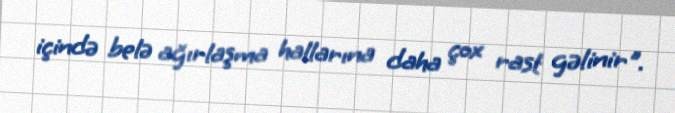
içində belə ağırlaşma hallarına daha çox rast gəlinir".